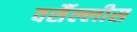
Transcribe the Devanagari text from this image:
वर्सैल्लीस